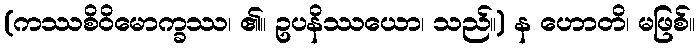
(ကဿစိဝိမောက္ခဿ၊ ၏။ ဥပနိဿယော၊ သည်။) န ဟောတိ၊ မဖြစ်။